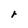
Character: r